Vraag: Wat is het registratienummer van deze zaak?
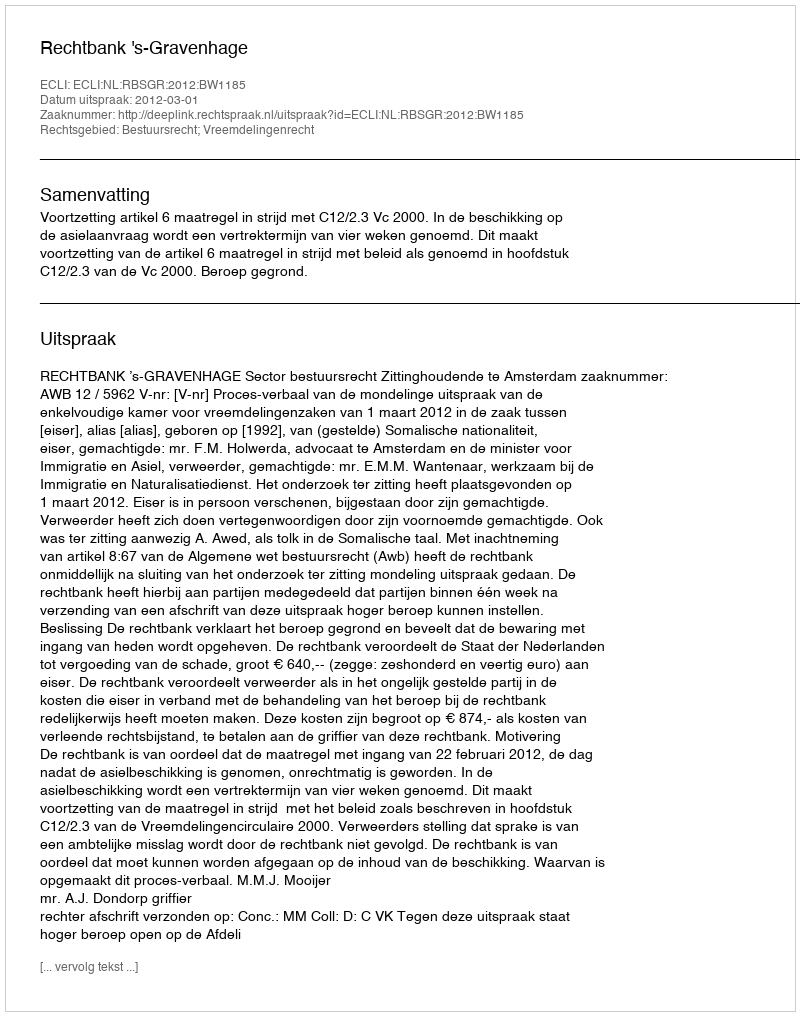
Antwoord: http://deeplink.rechtspraak.nl/uitspraak?id=ECLI:NL:RBSGR:2012:BW1185